Indian journal of veterinary science and animal husbandry - Volume 2,
Year: 1932
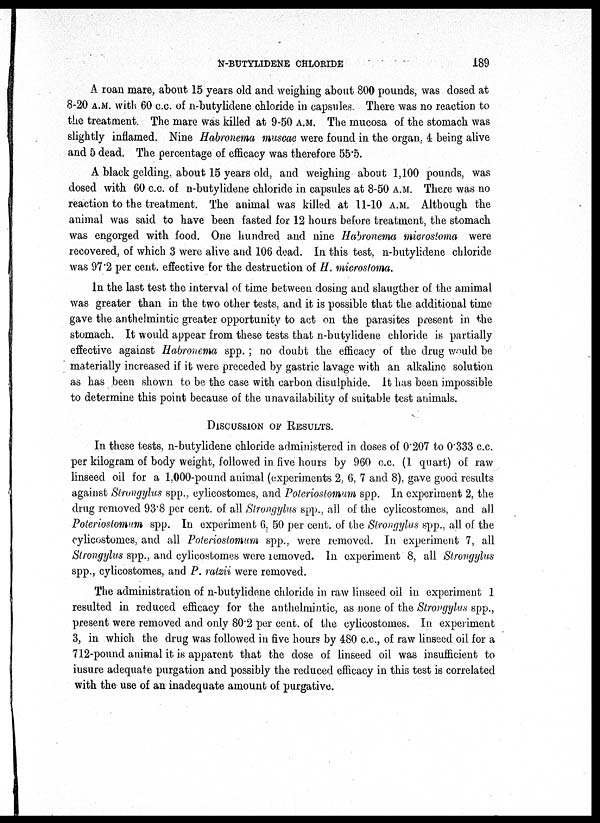
N-BUTYLIDENE CHLORIDE
189
A roan mare, about 15 years old and weighing about 800 pounds, was dosed at
8-20 A.M. with 60 c.c. of n-butylidene chloride in capsules. There was no reaction to
the treatment. The mare was killed at 9-50 A.M. The mucosa of the stomach was
slightly inflamed. Nine Habronema muscae were found in the organ, 4 being alive
and 5 dead. The percentage of efficacy was therefore 55.5.
A black gelding, about 15 years old, and weighing about 1,100 pounds, was
dosed with 60 c.c. of n-butylidene chloride in capsules at 8-50 A.M. There was no
reaction to the treatment. The animal was killed at 11-10 A.M. Although the
animal was said to have been fasted for 12 hours before treatment, the stomach
was engorged with food. One hundred and nine Habronema microstoma were
recovered, of which 3 were alive and 106 dead. In this test, n-butylidene chloride
was 97.2 per cent. effective for the destruction of H. microstoma.
In the last test the interval of time between dosing and slaugther of the animal
was greater than in the two other tests, and it is possible that the additional time
gave the anthelmintic greater opportunity to act on the parasites present in the
stomach. It would appear from these tests that n-butylidene chloride is partially
effective against Habronema spp. ; no doubt the efficacy of the drug would be
materially increased if it were preceded by gastric lavage with an alkaline solution
as has been shown to be the case with carbon disulphide. It has been impossible
to determine this point because of the unavailability of suitable test animals.
DISCUSSION OF RESULTS.
In these tests, n-butylidene chloride administered in doses of 0.207 to 0.333 c.c.
per kilogram of body weight, followed in five hours by 960 c.c. (1 quart) of raw
linseed oil for a 1,000-pound animal (experiments 2, 6, 7 and 8), gave good results
against Strongylus spp., cylicostomes, and Poteriostomum spp. In experiment 2, the
drug removed 93.8 per cent. of all Strongylus spp., all of the cylicostomes, and all
Poteriostomum spp. In experiment 6, 50 per cent. of the Strongylus spp., all of the
cylicostomes, and all Poteriostomum spp., were removed. In experiment 7, all
Strongylus spp., and cylicostomes were removed. In experiment 8, all Strongylus
spp., cylicostomes, and P. ratzii were removed.
The administration of n-butylidene chloride in raw linseed oil in experiment 1
resulted in reduced efficacy for the anthelmintic, as none of the Strongylus spp.,
present were removed and only 80.2 per cent. of the cylicostomes. In experiment
3, in which the drug was followed in five hours by 480 c.c., of raw linseed oil for a
712-pound animal it is apparent that the dose of linseed oil was insufficient to
insure adequate purgation and possibly the reduced efficacy in this test is correlated
with the use of an inadequate amount of purgative.